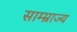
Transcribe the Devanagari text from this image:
साम्म्राज्य